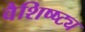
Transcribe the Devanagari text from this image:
वैशिष्ष्ट्य